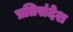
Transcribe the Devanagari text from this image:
प्रतिसंदेश